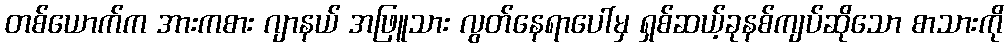
တစ်ယောက်က အားကစား ဂျာနယ် အဖြူသား လွတ်နေရာပေါ်မှ ရှစ်ဆယ့်ခုနစ်ကျပ်ဆိုသော စာသားကို